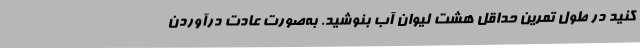
کنید در طول تمرین حداقل هشت لیوان آب بنوشید. به‌صورت عادت درآوردن